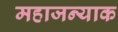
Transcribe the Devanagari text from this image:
महाजन्याक